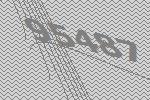
95487